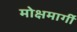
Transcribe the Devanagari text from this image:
मोक्षमार्गी